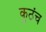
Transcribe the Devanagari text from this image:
कुठंच